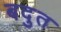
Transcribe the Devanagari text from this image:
बदुत